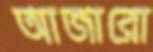
আজারো